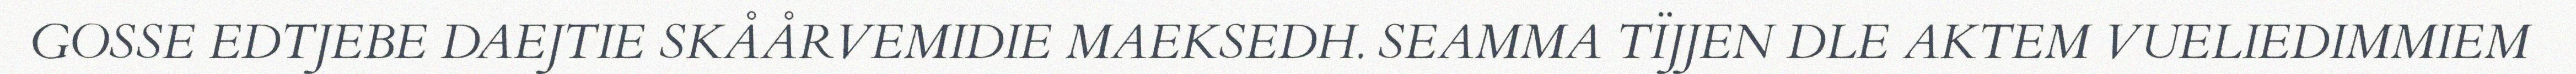
GOSSE EDTJEBE DAEJTIE SKÅÅRVEMIDIE MAEKSEDH. SEAMMA TÏJJEN DLE AKTEM VUELIEDIMMIEM